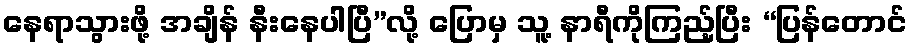
နေရာသွားဖို့ အချိန် နီးနေပါပြီ”လို့ ပြောမှ သူ့ နာရီကိုကြည့်ပြီး “ပြန်တောင်